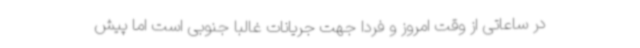
در ساعاتی از وقت امروز و فردا جهت جریانات غالباً جنوبی است اما پیش